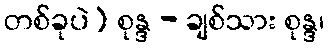
တစ်ခုပဲ) စုန္ဒ - ချစ်သား စုန္ဒ၊